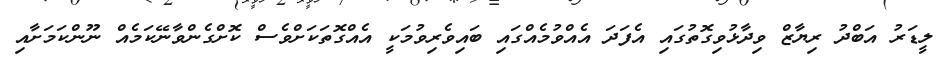
ލީޑަރު އަބްދު ރިޔާޒް ވިދާޅުވިގޮތުގައި އެފަދަ އެއްވުމެއްގައި ބައިވެރިވުމަކީ އެއްގޮތަކަށްވެސް ކޮށްގެންވާނޭކަމެއް ނޫންކަމަށާއި